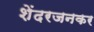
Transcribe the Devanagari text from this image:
शेंदरजनकर